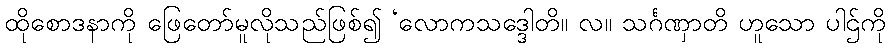
ထိုစောဒနာကို ဖြေတော်မူလိုသည်ဖြစ်၍ ‘လောကသဒ္ဒေါတိ။ လ။ သင်္ဂဏှာတိ ဟူသော ပါဌ်ကို